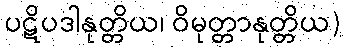
ပဋိပဒါနုတ္တိယ၊ ဝိမုတ္တာနုတ္တိယ)